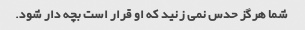
شما هرگز حدس نمی زنید که او قرار است بچه دار شود.